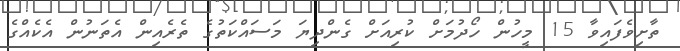
ތާށިވެފައިވާ 15 މީހުން ހޯދުމަށް ކުރިއަށް ގެންދިޔަ މަސައްކަތުގެ ތެރެއިން އެތަނުން އެކެއްގެ